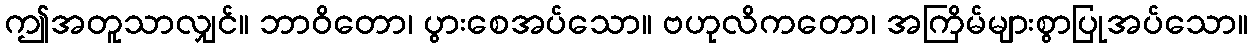
ဤအတူသာလျှင်။ ဘာဝိတော၊ ပွားစေအပ်သော။ ဗဟုလိကတော၊ အကြိမ်များစွာပြုအပ်သော။